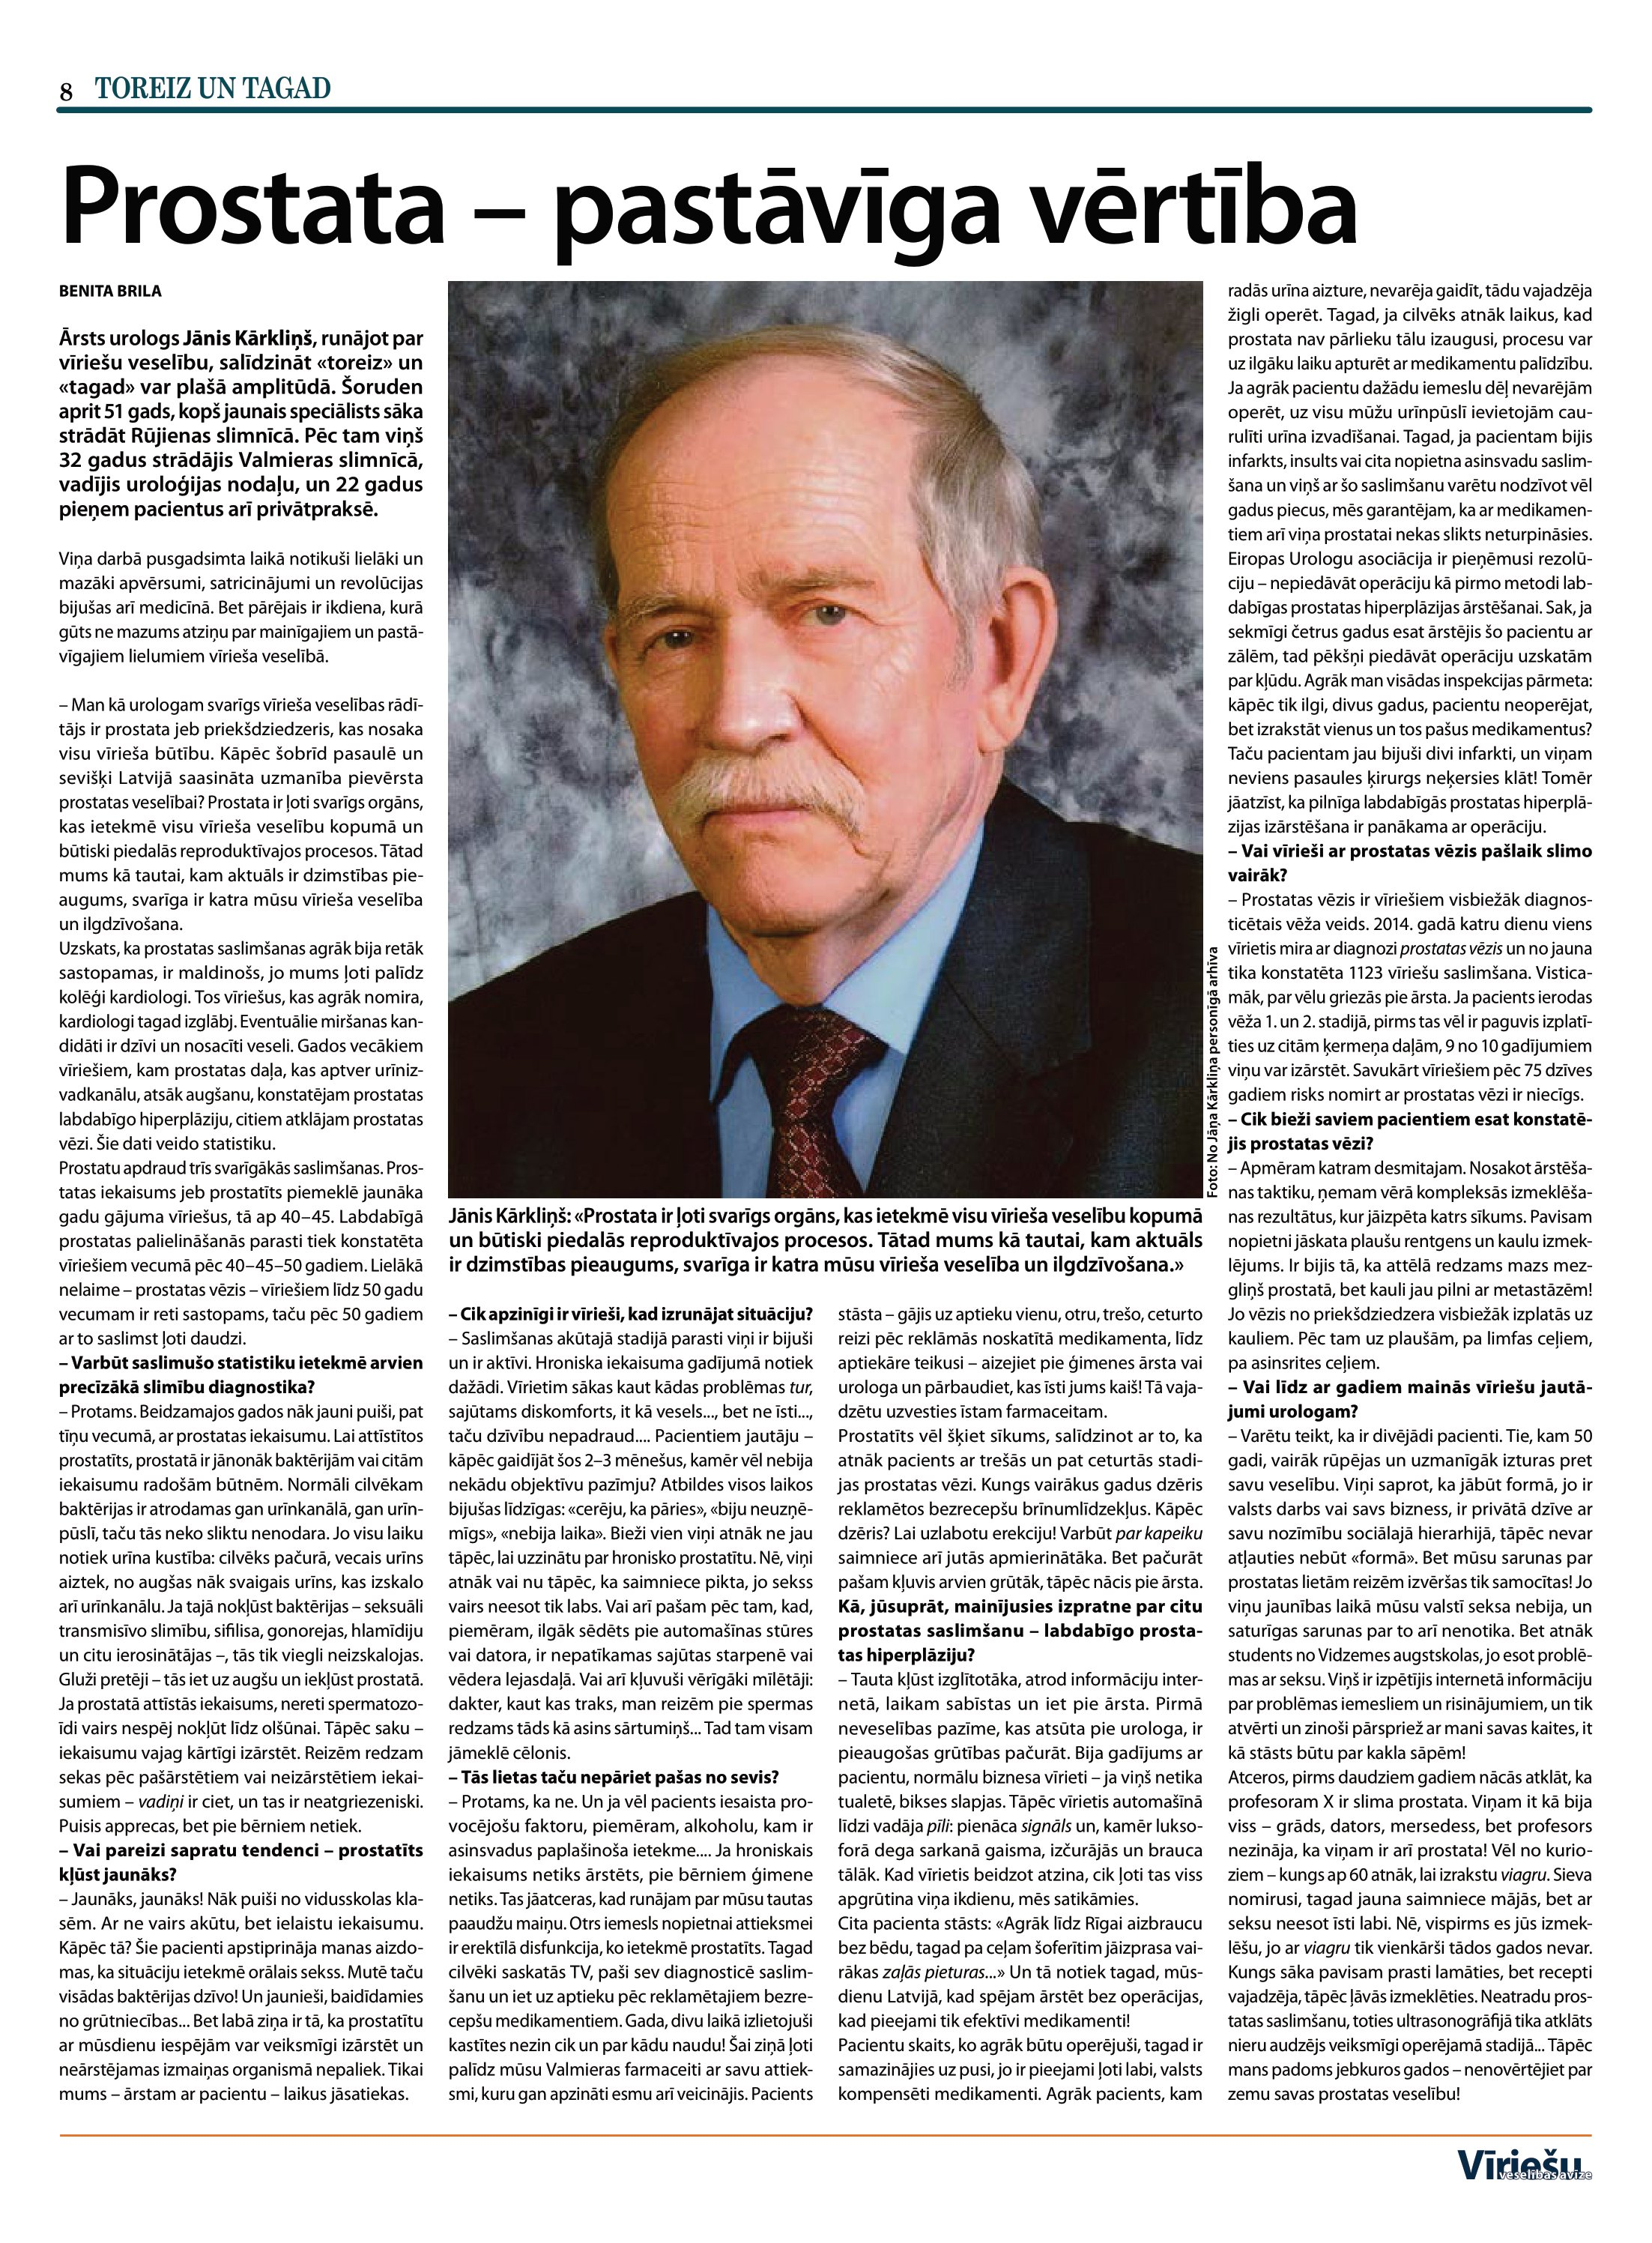
Language: lv